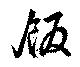
飯